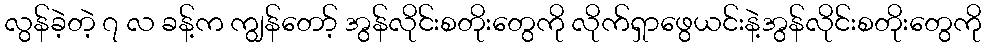
လွန်ခဲ့တဲ့ ၇ လ ခန့်က ကျွန်တော့် အွန်လိုင်းစတိုးတွေကို လိုက်ရှာဖွေယင်းနဲ့အွန်လိုင်းစတိုးတွေကို